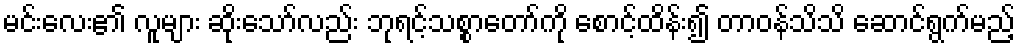
မင်းလေး၏ လူများ ဆိုးသော်လည်း ဘုရင့်သစ္စာတော်ကို စောင့်ထိန်း၍ တာဝန်သိသိ ဆောင်ရွက်မည့်